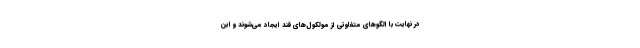
در نهایت با الگوهای متفاوتی از مولکول‌های قند ایجاد می‌شوند و این